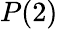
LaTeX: P(2)